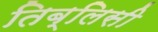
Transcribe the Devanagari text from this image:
तिब्लिसी